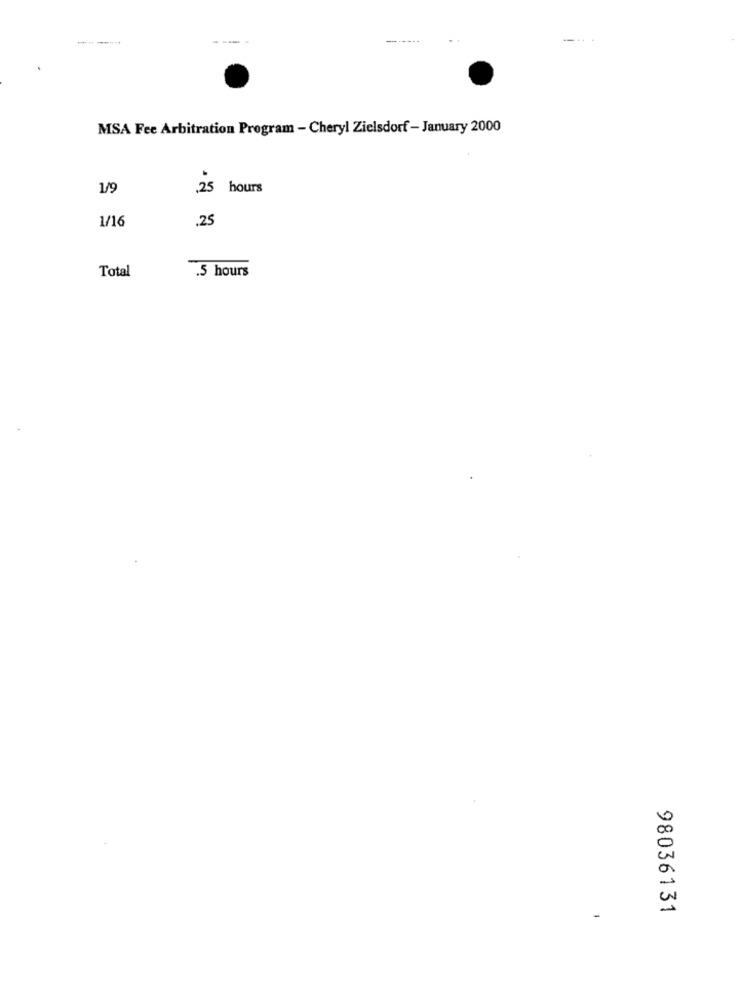
-------
---
MSA Fee Arbitration Program - Cheryl Zielsdorf - January 2000
1/9
.25 hours
1/16
.25
Total
.5 hours
98036131
-